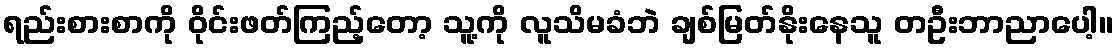
ရည်းစားစာကို ဝိုင်းဖတ်ကြည့်တော့ သူ့ကို လူသိမခံဘဲ ချစ်မြတ်နိုးနေသူ တဦးဘာညာပေါ့။